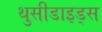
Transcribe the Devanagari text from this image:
थुसीडाइड्स